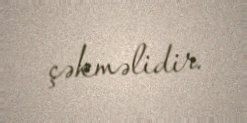
çəkməlidir.